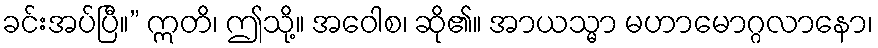
ခင်းအပ်ပြီ။” ဣတိ၊ ဤသို့။ အဝေါစ၊ ဆို၏။ အာယသ္မာ မဟာမောဂ္ဂလာနော၊